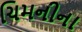
ચિમનીના